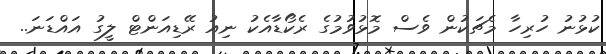
ކުޅުނު ހުރިހާ މެޗަކުން ވެސް މޮޅުވުމުގެ ރެކޯޑާއެކު ނިއު ރޭޑިއަންޓް ލީގު އައްޑަނަ..